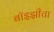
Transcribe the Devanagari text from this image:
बॉइझीचा